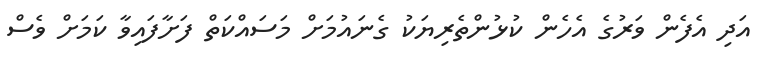
އަދި އެފެން ވަރުގެ އެހެން ކުޅުންތެރިޔަކު ގެނައުމަށް މަސައްކަތް ފަށާފައިވާ ކަމަށް ވެސް